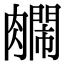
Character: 𫆺